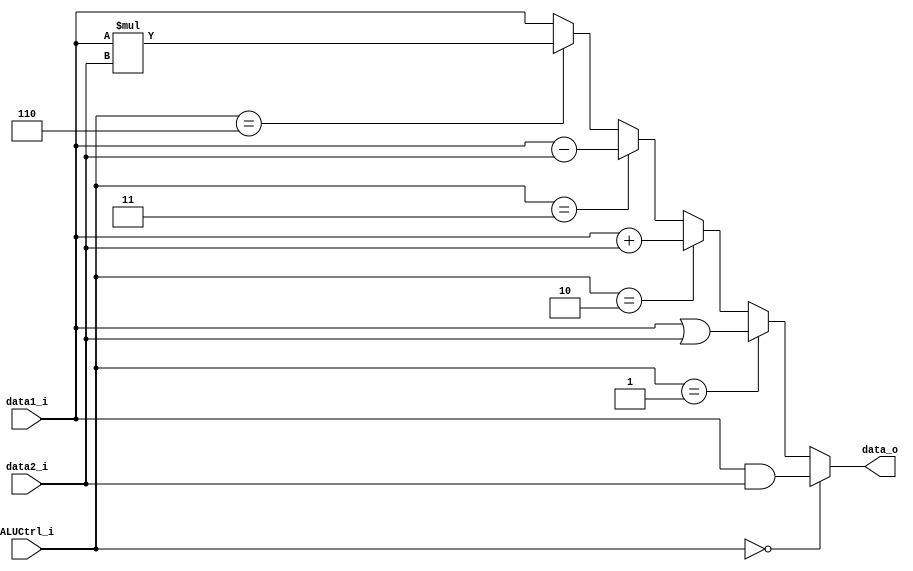
module ALU(
    data1_i, 
    data2_i,
    ALUCtrl_i,
    data_o
);

input   [31:0]      data1_i;
input   [31:0]      data2_i;
input   [2:0]       ALUCtrl_i;
output  reg[31:0]   data_o;

always@(data1_i or data2_i or ALUCtrl_i)begin
    if(ALUCtrl_i==3'b000)begin
        data_o = data1_i & data2_i;
    end
    else if(ALUCtrl_i==3'b001)begin
        data_o = data1_i | data2_i;
    end
    else if(ALUCtrl_i==3'b010)begin
        data_o = data1_i + data2_i;
    end
    else if(ALUCtrl_i==3'b011)begin
        data_o = data1_i - data2_i;
    end
    else if(ALUCtrl_i==3'b110)begin
        data_o = data1_i * data2_i;
    end
    //special case
    else begin
        data_o = data1_i;
    end
end

endmodule